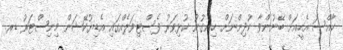
ހާއްސަ އެހީއަށް ބޭނުންވާ ކުދިންނަށް ހިންގުނު ކުޅިވަރު ފެސްޓިވަލެއްގައި އެޑިޔުކޭޝަން މިނިސްޓަރު ޑރ.